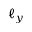
\ell _ { y }